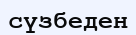
сүзбеден